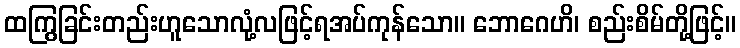
ထကြွခြင်းတည်းဟူသောလုံ့လဖြင့်ရအပ်ကုန်သော။ ဘောဂေဟိ၊ စည်းစိမ်တို့ဖြင့်။